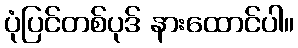
ပုံပြင်တစ်ပုဒ် နားထောင်ပါ။